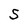
Character: S